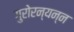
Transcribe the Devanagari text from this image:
गुरोरन्यन्न